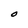
Character: O